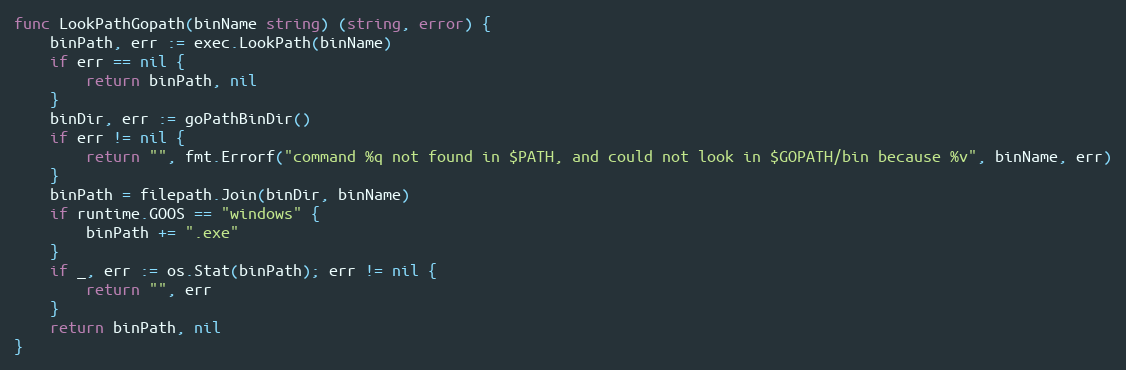
Language: Go
func LookPathGopath(binName string) (string, error) {
	binPath, err := exec.LookPath(binName)
	if err == nil {
		return binPath, nil
	}
	binDir, err := goPathBinDir()
	if err != nil {
		return "", fmt.Errorf("command %q not found in $PATH, and could not look in $GOPATH/bin because %v", binName, err)
	}
	binPath = filepath.Join(binDir, binName)
	if runtime.GOOS == "windows" {
		binPath += ".exe"
	}
	if _, err := os.Stat(binPath); err != nil {
		return "", err
	}
	return binPath, nil
}